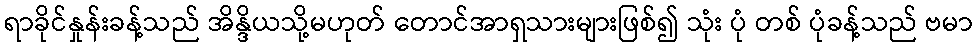
ရာခိုင်နှုန်းခန့်သည် အိန္ဒိယသို့မဟုတ် တောင်အာရှသားများဖြစ်၍ သုံး ပုံ တစ် ပုံခန့်သည် ဗမာ